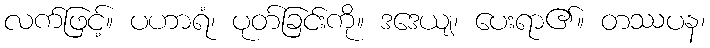
လက်ဖြင့်။ ပဟာရံ၊ ပုတ်ခြင်းကို။ ဒဒေယျ၊ ပေးရာ၏။ တဿပန၊